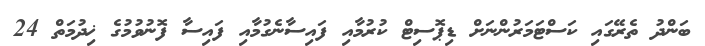
ބަންދު ތެރޭގައި ކަސްޓަމަރުންނަށް ޑިޕޮސިޓް ކުރުމާއި ފައިސާނެގުމާއި ފައިސާ ފޮނުވުމުގެ ޚިދުމަތް 24